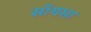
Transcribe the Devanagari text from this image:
सॉयसा